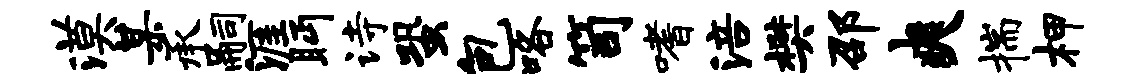
漠某承嗣涯眄诗蛩包咯笥嗜涪樊邵爽揣柙